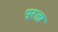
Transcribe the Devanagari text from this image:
पूरता